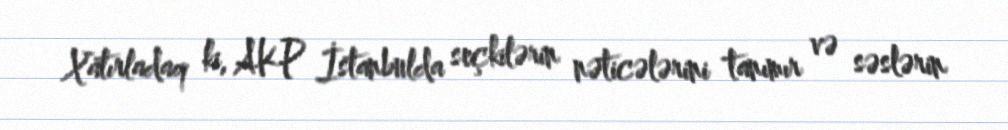
Xatırladaq ki, AKP İstanbulda seçkilərin nəticələrini tanımır və səslərin